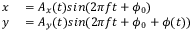
\begin{array} { r l } { x } & { { } = A _ { x } ( t ) s i n ( 2 \pi f t + \phi _ { 0 } ) } \\ { y } & { { } = A _ { y } ( t ) s i n ( 2 \pi f t + \phi _ { 0 } + \phi ( t ) ) } \end{array}